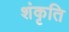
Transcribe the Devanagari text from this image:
शंकृति